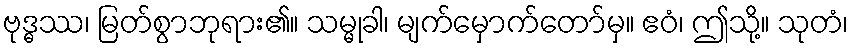
ဗုဒ္ဓဿ၊ မြတ်စွာဘုရား၏။ သမ္မုခါ၊ မျက်မှောက်တော်မှ။ ဧဝံ၊ ဤသို့။ သုတံ၊